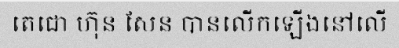
តេជោ ហ៊ុន សែន បានលើកឡើងនៅលើ